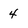
Character: 4